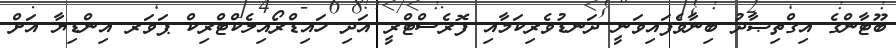
ބޫޓާންގެ އިގްތިޞާދު ބިނާވެފައިވަނީ ދަނޑުވެރިކަމާއި ފޮރެސްޓްރީ އަދި ހައިޑްރޯއިލެކްޓްރިކް ޕަވަރ އިންޑިޔާ އަށް